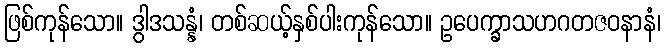
ဖြစ်ကုန်သော။ ဒွါဒသန္နံ၊ တစ်ဆယ့်နှစ်ပါးကုန်သော။ ဥပေက္ခာသဟဂတဇဝနာနံ၊